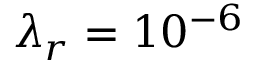
\lambda _ { r } = 1 0 ^ { - 6 }